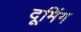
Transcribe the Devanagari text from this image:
दूमिंग